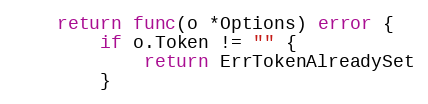
Language: Go
	return func(o *Options) error {
		if o.Token != "" {
			return ErrTokenAlreadySet
		}